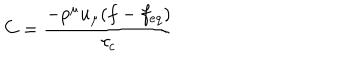
C = { \frac { - { p ^ { \mu } u _ { \mu } ( f - f _ { e q } ) } } { \tau _ { c } } }